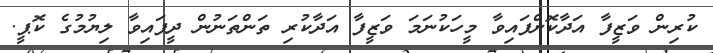
ކުރިން ވަޒީފާ އަދާކޮށްފައިވާ މީހަކުނަމަ ވަޒީފާ އަދާކުރި ތަންތަނުން ދީފައިވާ ލިޔުމުގެ ކޮޕީ.